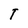
Character: T